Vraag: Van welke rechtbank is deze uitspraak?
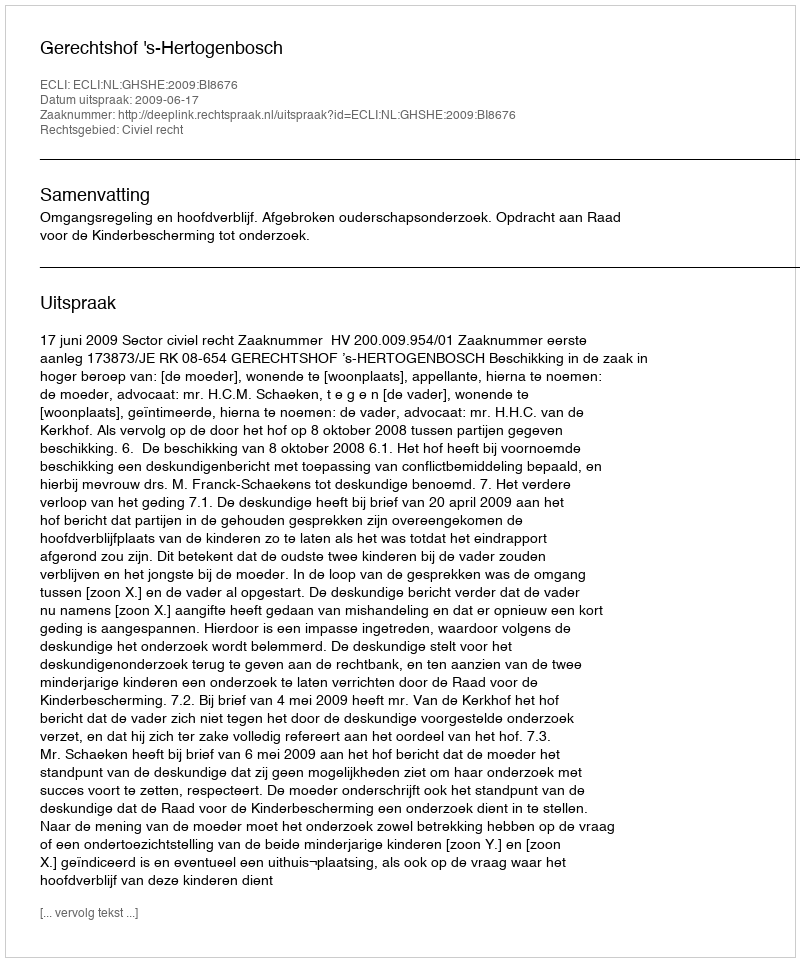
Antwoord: Gerechtshof 's-Hertogenbosch